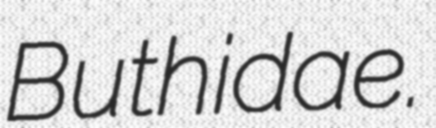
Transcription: Buthidae.